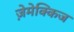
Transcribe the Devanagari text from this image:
ज़ेमेक्किज